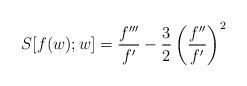
LaTeX: \begin{align*}S[f(w); w] = \frac{f'''}{f'} - \frac 32 \left(\frac{f''}{f'}\right)^2\end{align*}